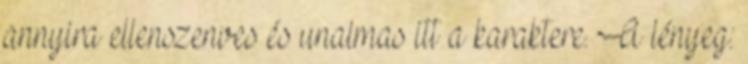
annyira ellenszenves és unalmas itt a karaktere. A lényeg: